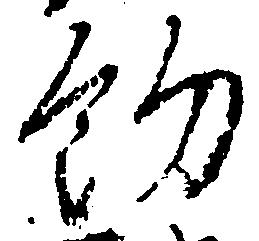
約